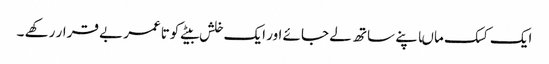
ایک کسک ماںاپنے ساتھ لے جائے اور ایک خلش بیٹے کوتاعمر بے قرار رکھے ۔